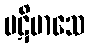
ပဋိမာသေ